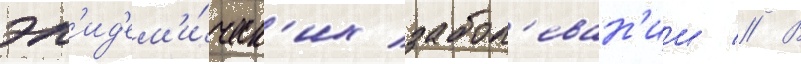
эп'ид'ем'и́ческ'их забол'еван'ии // В